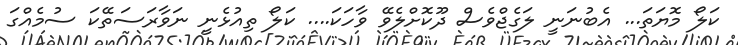
ކަލޯ މޮޔަތަ... އެބުނަނީ ލަގެޖްވެސް ދޫކޮށްލެވޭ ވާހަކަ.... ކަލޯ ތިއުޅެނީ ނަވާރަސަތޭކަ ސުމެއްގަ